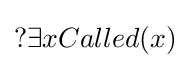
?\exists xCalled(x)